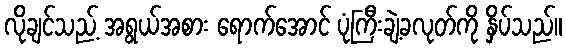
လိုချင်သည့် အရွယ်အစား ရောက်အောင် ပုံကြီးချဲ့ခလုတ်ကို နှိပ်သည်။